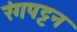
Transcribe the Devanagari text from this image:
रंगपट्टन